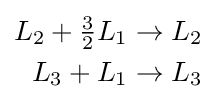
{\begin{aligned}L_{2}+{\tfrac {3}{2}}L_{1}&\to L_{2}\\L_{3}+L_{1}&\to L_{3}\end{aligned}}